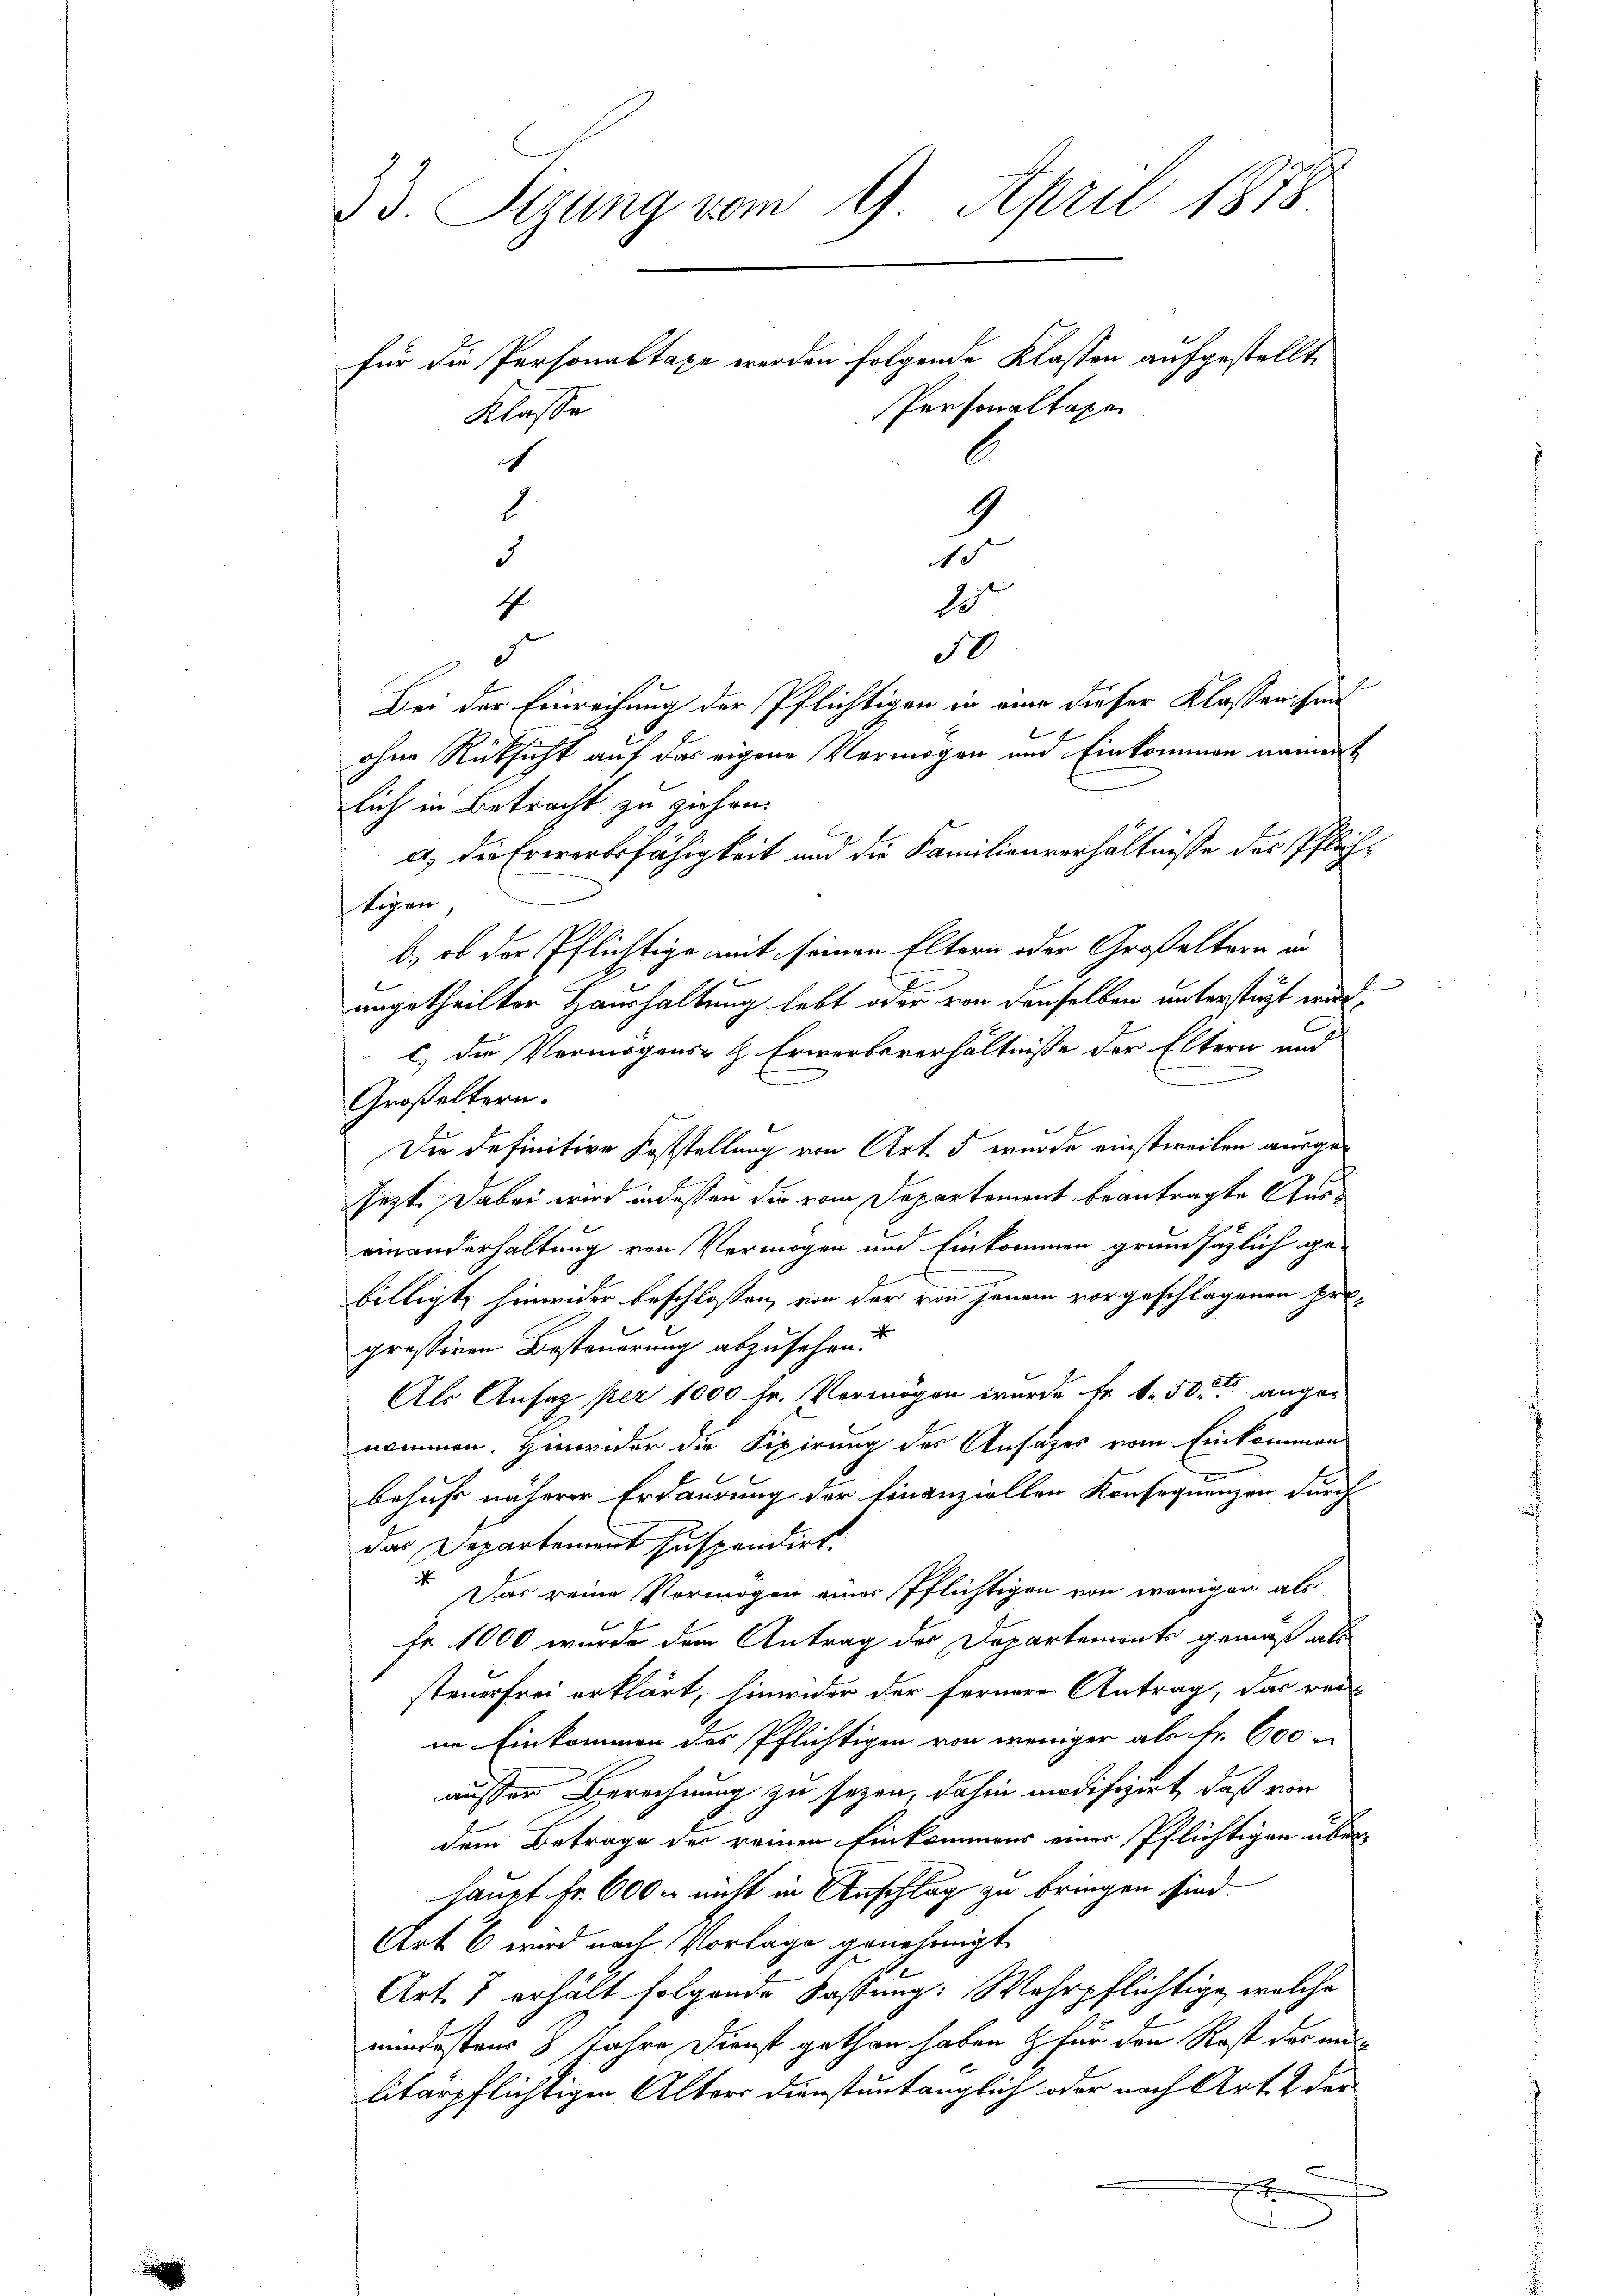
33. Tizung vom 9. April 1878
für die Personaltaxe werden folgende Klassen aufgestellt
Personaltaxen
Klasse
c

8
1
3
f
d
ohne Rücksicht auf das eigene Vermögen und Einkommen nament
lich in Betracht zu ziehen.
a) die Erwerbsfähigkeit und die Familienverhältnisse des Pflichtigen,
b, ob der Pflichtige mit seinen Eltern oder Großeltern in
angetheilter Haushaltung lebt oder von denselben unterstüzt wird,
c. die Vermögens- & Erwerbsverhältnisse der Eltern und
.
Großeltern.
Die definitive Feststellung von Art. 5 wurde einstweilen ausgejezt. Dabei wird in dessen die vom Departement beantragte Auseinanderhaltung von Vermögen und Einkommen grundsätzlich ge-
billigt, hinwider beschlossen, von der von jenem vorgeschlagenen Prox
pressiren Besteuerung abzusehen.
Als Ansaz per 1000 fr. Vermögen wurde fr. 1.50 angenommen. Hinwider die Fixirung des Ansatzes vom Einkommen
behufs näherer Erdaurung der Finanziellen Konsequenzen durch
das Departement suspendirt
“ Das reine Vermögen einer Pflichtigen von weniger als
Fr. 1000 wurde dem Antrag der Departemonts gemäß als
steuerfrei erklärt, hinwider der fernere Antrag, das rei
ne Einkommen des Pflichtigen von weniger als Fr. 600
ausser Berechnung zu sezen, dahin modifizirt, daß von
dem Betrage der reinen Einkommens einer Pflichtigen überhaupt Fr. 6000 nicht in Anschlag zu bringen sind.
Art 6 wird nach Vorlage genehmigt
Art. 7 erhält folgende Fassung: Wehrpflichtige, welche
mindestens 3 Jahre Dienst gethan haben & für den Rost das an
litärpflichtigen Alters dienstuntänglich oder nach Art. 2 der
E

d
50
Bei der Einreihung der Pflichtigen in eine dieser Klassen hin